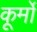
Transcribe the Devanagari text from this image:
कूर्मो